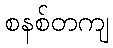
စနစ်တကျ